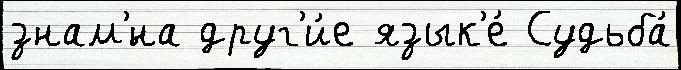
знам'́на друг'и́е язык'е́ Судьба́